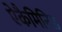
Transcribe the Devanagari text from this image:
ऐकैमिनिड